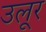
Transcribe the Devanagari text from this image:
उलूर